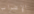
الإضراب